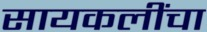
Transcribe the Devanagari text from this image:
सायकलींचा